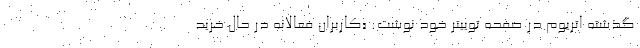
گذشته اتریوم در صفحه توییتر خود نوشت: «کاربران فعالانه در حال خرید